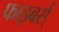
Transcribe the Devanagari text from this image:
फाइबर्स्